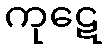
ကုဋေ